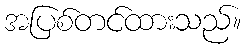
အပြစ်တင်ထားသည်။